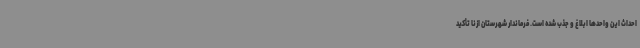
احداث این واحدها ابلاغ و جذب شده است. فرماندار شهرستان ازنا تأکید